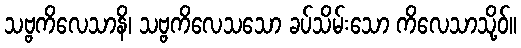
သဗ္ဗကိလေသာနိ၊ သဗ္ဗကိလေသသော ခပ်သိမ်းသော ကိလေသာသို့ဝ်။